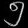
Digit: ၅